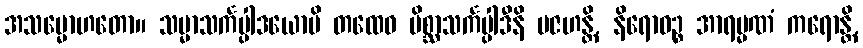
အသမ္မောဟတော။ သမ္မာသင်္ကပ္ပါဒယောပိ တထေဝ မိစ္ဆာသင်္ကပ္ပါဒီနိ ပဇဟန္တိ, နိရောဓဉ္စ အာရမ္မဏံ ကရောန္တိ,